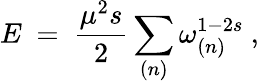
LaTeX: E\ =\ \frac{\mu^{2}s}{2}\sum_{(n)}\omega_{(n)}^{1-2s}\ ,